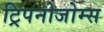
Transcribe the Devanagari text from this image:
ट्रिपनोजोम्स